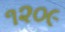
૧૨૦૯